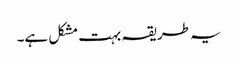
یہ طریقہ بہت مشکل ہے۔